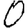
Digit: 0